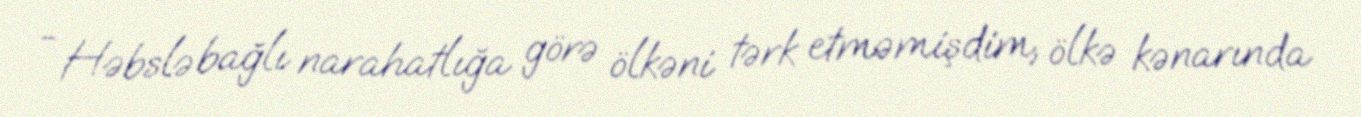
- Həbslə bağlı narahatlığa görə ölkəni tərk etməmişdim, ölkə kənarında